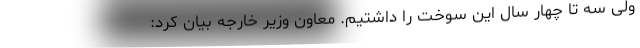
ولی سه تا چهار سال این سوخت را داشتیم. معاون وزیر خارجه بیان کرد: